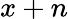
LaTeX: x+n